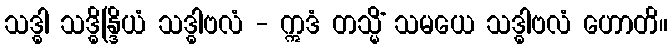
သဒ္ဓါ သဒ္ဓိန္ဒြိယံ သဒ္ဓါဗလံ - ဣဒံ တသ္မိံ သမယေ သဒ္ဓါဗလံ ဟောတိ။